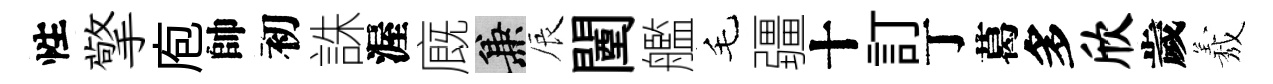
性擎庖帥初誅渥廐兼辰闉艦毛疆十訂丁葛多欣歲𦏁